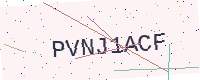
Text: PVNJ1ACF